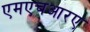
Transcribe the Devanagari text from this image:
एमएचआरए